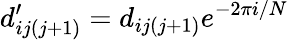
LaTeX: d_{ij(j+1)}^{\prime}=d_{ij(j+1)}e^{-2\pi i/N}